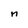
Character: n